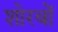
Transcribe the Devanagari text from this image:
शोरबों